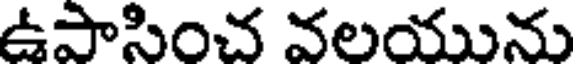
ఉపాసించ వలయును